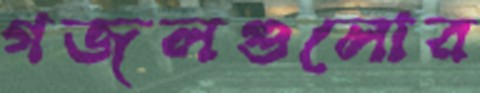
গজলগুলোর